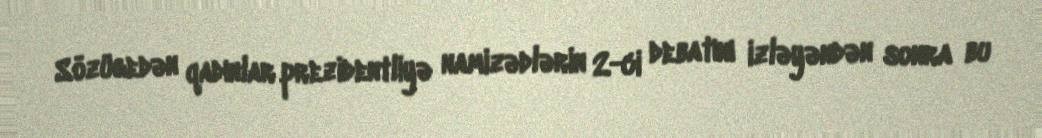
Sözügedən qadınlar prezidentliyə namizədlərin 2-ci debatını izləyəndən sonra bu